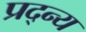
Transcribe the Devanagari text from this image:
प्रद्न्य